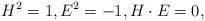
LaTeX: \begin{align*}H^{2} = 1, E^{2} = -1, H \cdot E = 0,\end{align*}